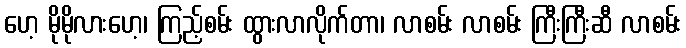
ဟေ့ မိုမိုလားဟေ့၊ ကြည့်စမ်း ထွားလာလိုက်တာ၊ လာစမ်း လာစမ်း ကြီးကြီးဆီ လာစမ်း